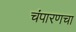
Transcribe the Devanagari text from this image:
चंपारणचा